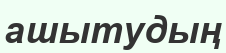
ашытудың